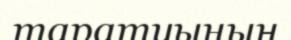
таратуының